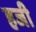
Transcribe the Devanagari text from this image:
हजी